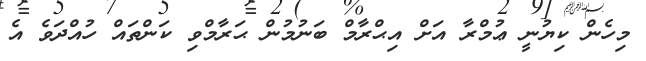
މިހެން ކިޔުނީ ޢުމްރާ އަށް އިޙްރާމް ބަނުމުން ޙަރާމްވި ކަންތައް ހުއްދަވެ އެ